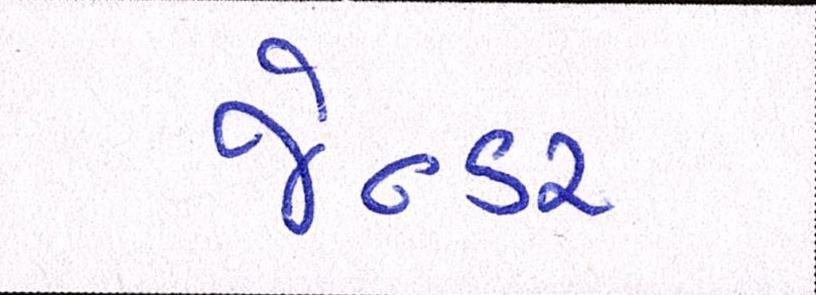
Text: જેન્ડર